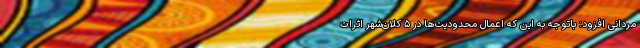
مردانی افزود: باتوجه به این که اعمال محدودیت‌ها در ۵ کلان‌شهر اثرات